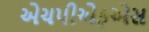
એચપીએફએસ